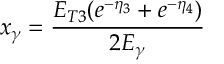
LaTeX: x _ { \gamma } = \frac { E _ { T 3 } ( e ^ { - \eta _ { 3 } } + e ^ { - \eta _ { 4 } } ) } { 2 E _ { \gamma } }